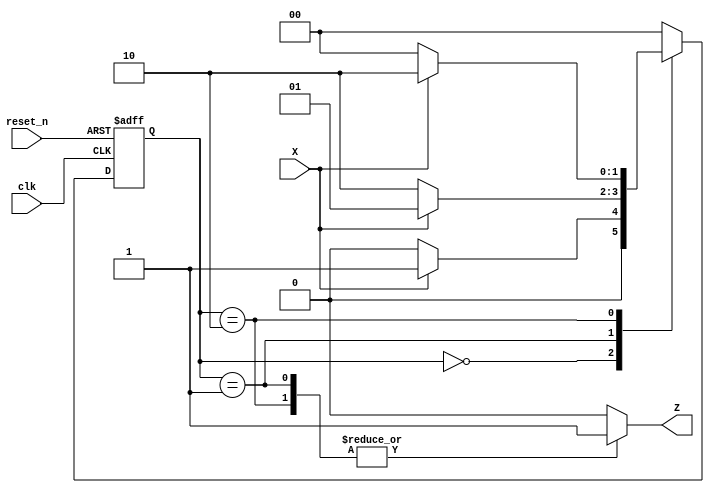
module mealy_state_machine (
    input wire clk,        // Clock signal
    input wire reset_n,    // Active-low reset signal
    input wire X,          // Input signal
    output reg Z           // Output signal
);

// State encoding
parameter S0 = 2'b00;    // State S0
parameter S1 = 2'b01;    // State S1
parameter S2 = 2'b10;    // State S2

// Current state and next state registers
reg [1:0] current_state, next_state;

// State transition logic (combinational)
always @(*) begin
    case (current_state)
        S0: begin
            if (X) begin
                next_state = S1; // Transition to S1
            end else begin
                next_state = S0; // Stay in S0
            end
            Z = 0; // Output Z in S0
        end
        
        S1: begin
            if (X) begin
                next_state = S1; // Stay in S1
            end else begin
                next_state = S2; // Transition to S2
            end
            Z = 1; // Output Z in S1
        end
        
        S2: begin
            if (X) begin
                next_state = S2; // Stay in S2
            end else begin
                next_state = S0; // Transition back to S0
            end
            Z = 1; // Output Z in S2
        end
        
        default: begin
            next_state = S0; // Default to S0
            Z = 0; // Default output
        end
    endcase
end

// State update logic (sequential)
always @(posedge clk or negedge reset_n) begin
    if (!reset_n) begin
        current_state <= S0; // Initialize to S0 on reset
    end else begin
        current_state <= next_state; // Update state
    end
end

endmodule